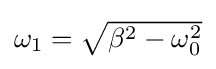
{\textstyle \omega _{1}={\sqrt {\beta ^{2}-\omega _{0}^{2}}}}